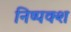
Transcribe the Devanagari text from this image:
निष्पक्श